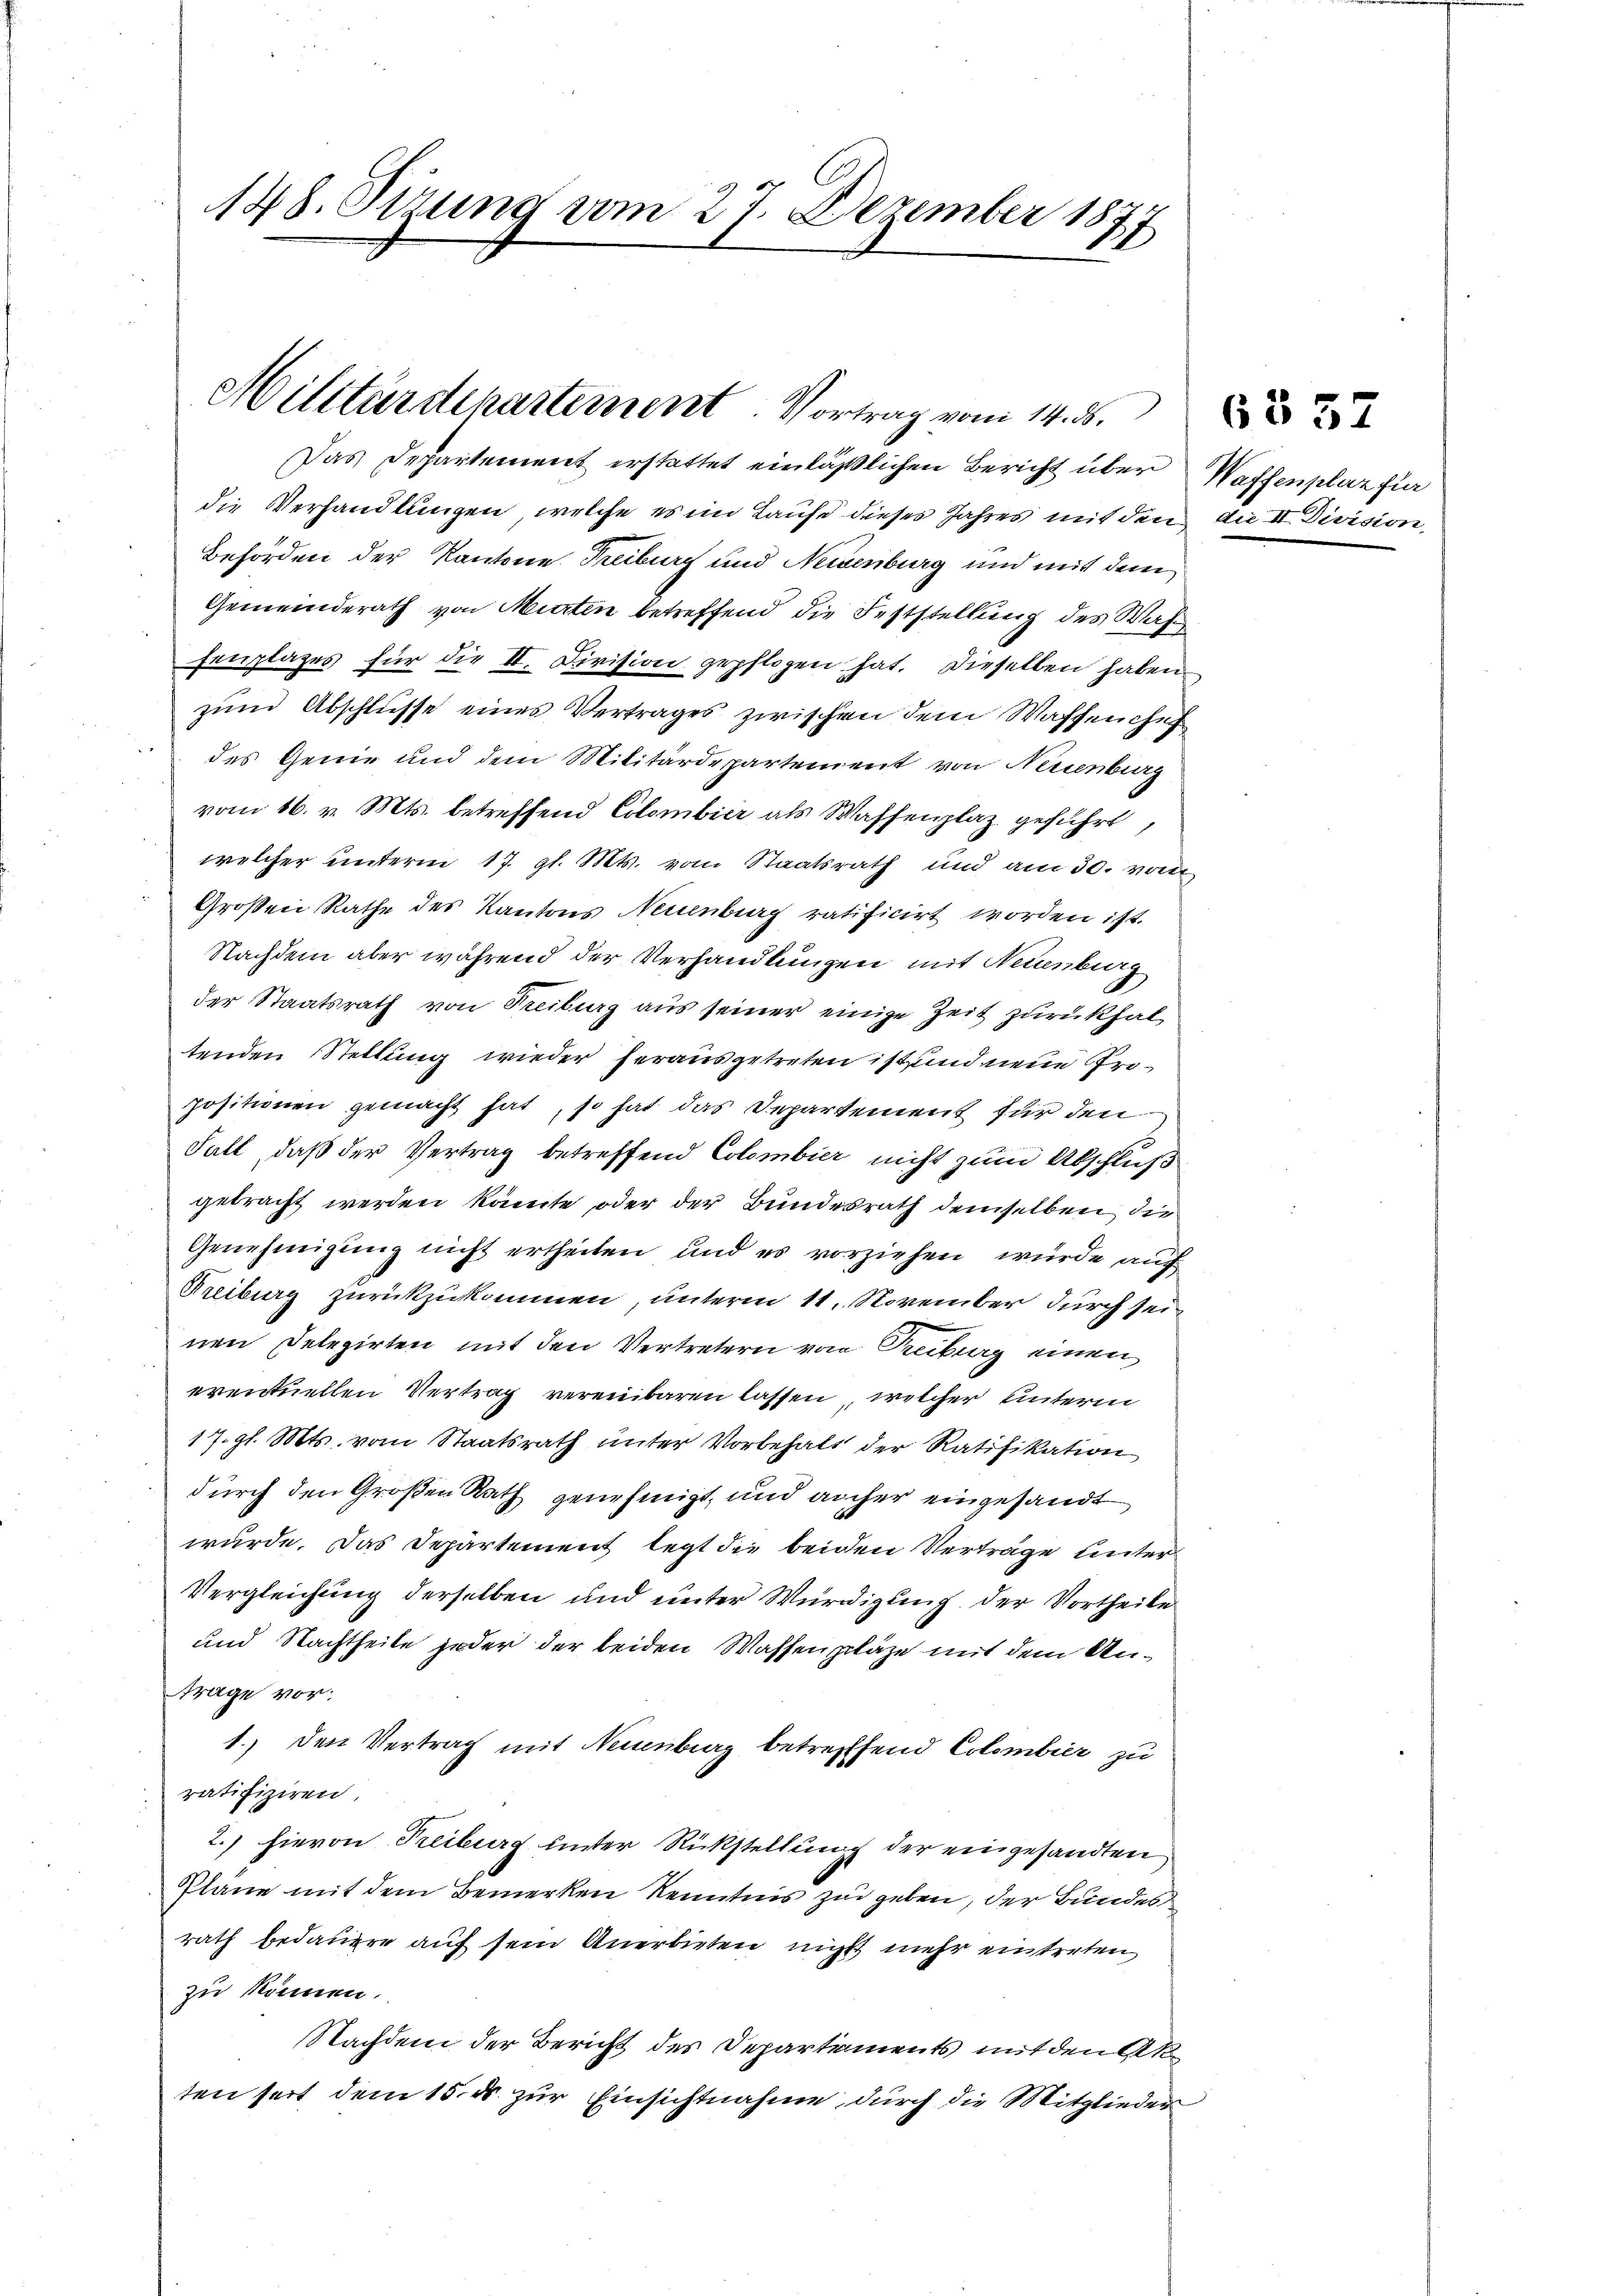
148. Sizung vom 27. Dezember 187
2

Militärdepartement. Vortrag vom 14. ds.

Das Departement erstattet einläßlichen Bericht über Waffenplaz für
die Verhandlungen, welche es im Laufe dieses Jahres mit den die II. Division,
Behörden der Kantone. Freiburg und Neisenburg und mit dem
Gemeinderath von Murten betreffend die Feststellung des Waß
fenplazes für die II. Division gepflogen hat. Dieselben haben
zum Abschlusse eines Vertrages zwischen dem Waffenche
des Genie und dem Militärdepartement von Neuenburg
vom 16. v. Mts. betreffend Colombier als Waffenplaz geführt,
welcher unterm 17. gl. Mts. vom Staatsrath und am 30. von
Großen Rathe des Kantons Neuenburg ratificirt worden ist.
Nachdem aber während der Verhandlungen mit Neuenburg
der Staatsrath von Treiburg aus seiner einige Zeit zurückhal
tenden Stellung wieder herausgetreten ist und neue Propositionen gemacht hat, so hat das Departement für den
Fall, daß der Vertrag betreffend Colombier nicht zum Abschluß
gebracht werden könnte oder der Bundesrath demselben die
Genehmigung nicht ertheilen und es vorziehen würde auf
Treiburg zurückzukommen, unterm 11. November durch seiw
nen Delegirten mit den Vertretern von Reiburg einen
eventuellen Vertrag vereinbaren lassen, welcher unterm
17. gl. Mts. vom Staatsrath unter Vorbehalt der Ratifikation
durch den Großen Rath genehmigt, und anher eingesandt
würde. Das Departement legt die beiden Verträge unter
Vergleichung derselben und unter Würdigung der Vortheile
und Nachtheile jeder der beiden Wassenpläge mit dem An¬
Trage vor:
1. den Vertrag mit Neuenburg betreffend Colembier zu
ratifiziren.
2.) hievon Treiburg unter Rückstellung der eingesandten
Pläne mit dem Bemerken Kenntnis zu geben, der Bundes
rath bedauere auf sein Anerbieten nicht mehr eintreten
zu können.
Nachdem der Bericht des Departements mit den Ak
ten seit dem 15. ds. zur Einsichtnahme, durch die Mitglieder

6§ 57